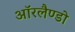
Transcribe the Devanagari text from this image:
ऑरलैण्डो